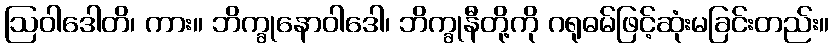
ဩဝါဒေါတိ၊ ကား။ ဘိက္ခုနောဝါဒေါ၊ ဘိက္ခုနီတို့ကို ဂရုဓမ်ဖြင့်ဆုံးမခြင်းတည်း။